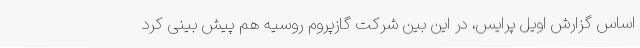
اساس گزارش اویل پرایس، در این بین شرکت گازپروم روسیه هم پیش بینی کرد